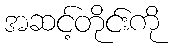
အဆင့်တိုင်းကို